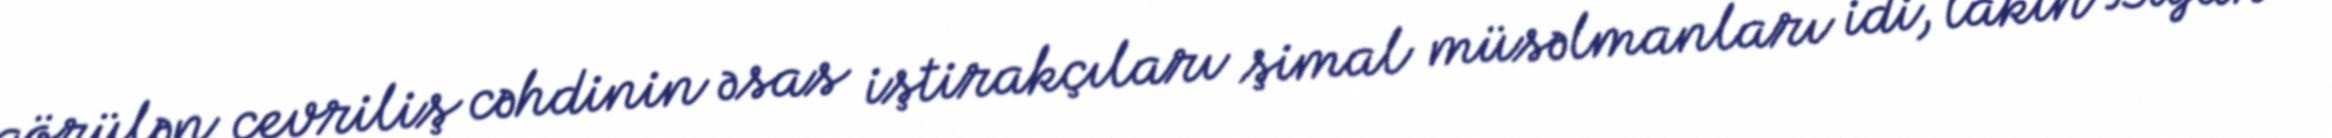
görülən çevriliş cəhdinin əsas iştirakçıları şimal müsəlmanları idi, lakin Biyan